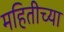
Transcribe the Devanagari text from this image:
महितीच्या